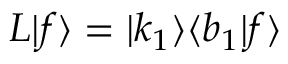
L | f \rangle = | k _ { 1 } \rangle \langle b _ { 1 } | f \rangle